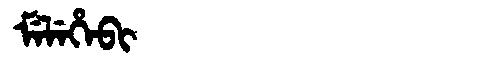
Manchu: ᠮᡝᠯᡝᡥᡝᠪᡳ
Romanization: MELEHEBI